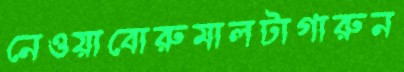
নেওয়াবোরুমালটাগারুন